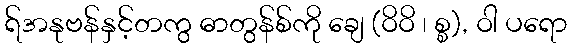
ရ်အနုဗန်နှင့်တကွ ဓာတွန်စ်ကို ချေ (ဝိဝိ ၊ စ္စ), ဝါ ပရော